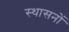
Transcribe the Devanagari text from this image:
स्थासनों